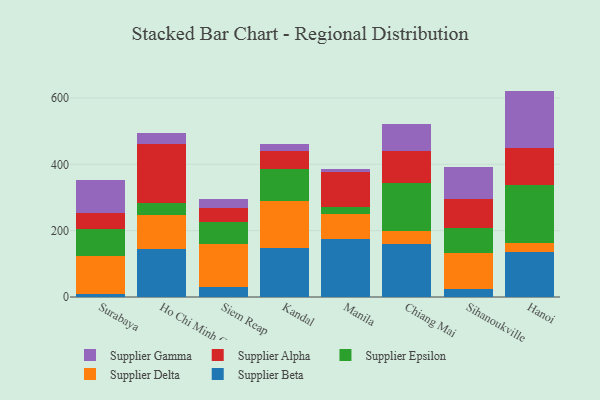
{"axis": {"x": "City", "y": "Revenue (USD Million)"}, "legend": ["Supplier Alpha", "Supplier Beta", "Supplier Delta", "Supplier Epsilon", "Supplier Gamma"], "data": [{"x": "Surabaya", "y": 10.0, "type": "Supplier Beta"}, {"x": "Surabaya", "y": 113.7, "type": "Supplier Delta"}, {"x": "Surabaya", "y": 81.9, "type": "Supplier Epsilon"}, {"x": "Surabaya", "y": 47.6, "type": "Supplier Alpha"}, {"x": "Surabaya", "y": 98.2, "type": "Supplier Gamma"}, {"x": "Ho Chi Minh City", "y": 143.5, "type": "Supplier Beta"}, {"x": "Ho Chi Minh City", "y": 104.8, "type": "Supplier Delta"}, {"x": "Ho Chi Minh City", "y": 34.6, "type": "Supplier Epsilon"}, {"x": "Ho Chi Minh City", "y": 179.3, "type": "Supplier Alpha"}, {"x": "Ho Chi Minh City", "y": 31.6, "type": "Supplier Gamma"}, {"x": "Siem Reap", "y": 28.7, "type": "Supplier Beta"}, {"x": "Siem Reap", "y": 131.4, "type": "Supplier Delta"}, {"x": "Siem Reap", "y": 65.7, "type": "Supplier Epsilon"}, {"x": "Siem Reap", "y": 41.5, "type": "Supplier Alpha"}, {"x": "Siem Reap", "y": 28.5, "type": "Supplier Gamma"}, {"x": "Kandal", "y": 149.2, "type": "Supplier Beta"}, {"x": "Kandal", "y": 138.8, "type": "Supplier Delta"}, {"x": "Kandal", "y": 99.1, "type": "Supplier Epsilon"}, {"x": "Kandal", "y": 51.7, "type": "Supplier Alpha"}, {"x": "Kandal", "y": 22.1, "type": "Supplier Gamma"}, {"x": "Manila", "y": 175.0, "type": "Supplier Beta"}, {"x": "Manila", "y": 74.9, "type": "Supplier Delta"}, {"x": "Manila", "y": 20.1, "type": "Supplier Epsilon"}, {"x": "Manila", "y": 106.7, "type": "Supplier Alpha"}, {"x": "Manila", "y": 8.0, "type": "Supplier Gamma"}, {"x": "Chiang Mai", "y": 160.3, "type": "Supplier Beta"}, {"x": "Chiang Mai", "y": 40.0, "type": "Supplier Delta"}, {"x": "Chiang Mai", "y": 142.8, "type": "Supplier Epsilon"}, {"x": "Chiang Mai", "y": 97.6, "type": "Supplier Alpha"}, {"x": "Chiang Mai", "y": 79.5, "type": "Supplier Gamma"}, {"x": "Sihanoukville", "y": 24.5, "type": "Supplier Beta"}, {"x": "Sihanoukville", "y": 109.6, "type": "Supplier Delta"}, {"x": "Sihanoukville", "y": 72.6, "type": "Supplier Epsilon"}, {"x": "Sihanoukville", "y": 89.7, "type": "Supplier Alpha"}, {"x": "Sihanoukville", "y": 94.8, "type": "Supplier Gamma"}, {"x": "Hanoi", "y": 137.1, "type": "Supplier Beta"}, {"x": "Hanoi", "y": 25.8, "type": "Supplier Delta"}, {"x": "Hanoi", "y": 174.2, "type": "Supplier Epsilon"}, {"x": "Hanoi", "y": 110.7, "type": "Supplier Alpha"}, {"x": "Hanoi", "y": 173.6, "type": "Supplier Gamma"}]}